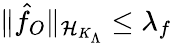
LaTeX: \| \hat{f}_{O}\| _{{\cal{H}}_{K_{\Lambda}}}\le\lambda_{f}